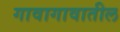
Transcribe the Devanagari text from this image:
गावागावातील